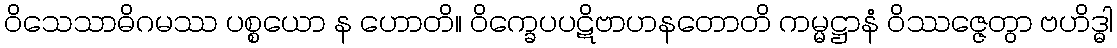
ဝိသေသာဓိဂမဿ ပစ္စယော န ဟောတိ။ ဝိက္ခေပပဋိဗာဟနတောတိ ကမ္မဋ္ဌာနံ ဝိဿဇ္ဇေတွာ ဗဟိဒ္ဓါ